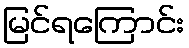
မြင်ရကြောင်း